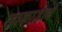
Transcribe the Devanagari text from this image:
लाकाडाचे